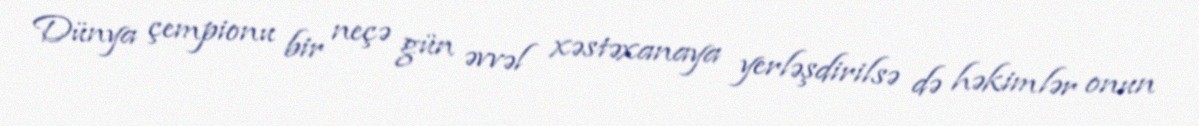
Dünya çempionu bir neçə gün əvvəl xəstəxanaya yerləşdirilsə də həkimlər onun